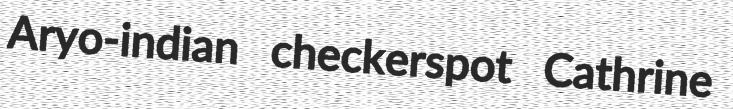
Aryo-indian checkerspot Cathrine